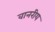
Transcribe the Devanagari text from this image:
वानरीय